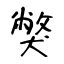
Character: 獘